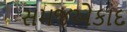
સમજએકાદ